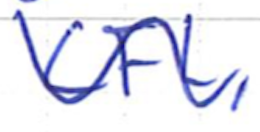
Text: CFL,
Cross-out: wave
Writing tool: ballpoint